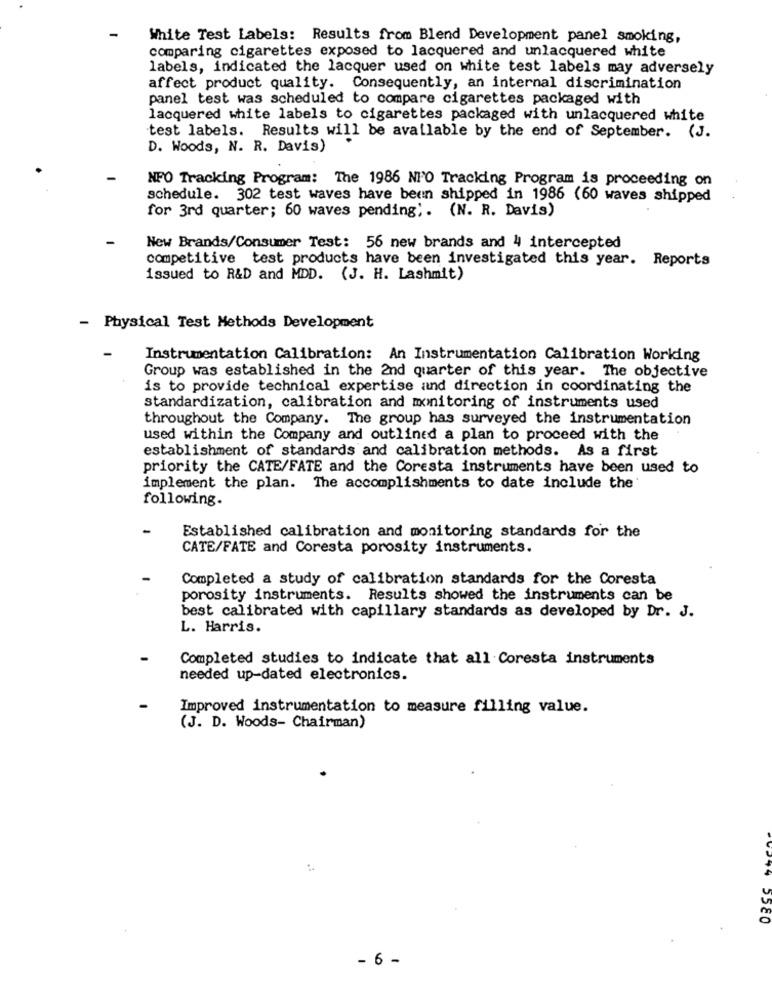
-
White Test Labels: Results from Blend Development panel smoking,
comparing cigarettes exposed to lacquered and unlacquered white
labels, indicated the lacquer used on white test labels may adversely
affect product quality. Consequently, an internal discrimination
panel test was scheduled to compare cigarettes packaged with
lacquered white labels to cigarettes packaged with unlacquered white
test labels. Results will be available by the end of September. (J.
D. Woods, N. R. Davis)
NFO Tracking Program: The 1986 NPO Tracking Program is proceeding on
schedule. 302 test waves have been shipped in 1986 (60 waves shipped
for 3rd quarter; 60 waves pending ;. (N. R. Davis)
New Brands/Consumer Test: 56 new brands and 4 intercepted
competitive test products have been investigated this year. Reports
issued to R&D and MDD. (J. H. Lashmit)
- Physical Test Methods Development
-
Instrumentation Calibration: An Instrumentation Calibration Working
Group was established in the 2nd quarter of this year. The objective
is to provide technical expertise and direction in coordinating the
standardization, calibration and monitoring of instruments used
throughout the Company. The group has surveyed the instrumentation
used within the Company and outlined a plan to proceed with the
establishment of standards and calibration methods. As a first
priority the CATE/FATE and the Coresta instruments have been used to
implement the plan. The accomplishments to date include the
following.
Established calibration and monitoring standards for the
CATE/FATE and Coresta porosity instruments.
Completed a study of calibration standards for the Coresta
porosity instruments. Results showed the instruments can be
best calibrated with capillary standards as developed by Dr. J.
L. Harris.
Completed studies to indicate that all Coresta instruments
needed up-dated electronics.
Improved instrumentation to measure filling value.
(J. D. Woods- Chairman)
- 6 -